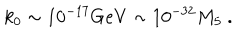
LaTeX: k _ { 0 } \sim 1 0 ^ { - 1 7 } \mathrm { G e V } \sim 1 0 ^ { - 3 2 } M _ { 5 } \ .